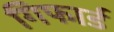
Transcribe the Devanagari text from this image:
गिफार्ड